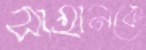
সাহানকে